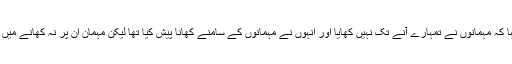
انہوں نے کہا کہ مہمانوں نے تمہارے آنے تک نہیں کھایا اور انہوں نے مہمانوں کے سامنے کھانا پیش کیا تھا لیکن مہمان ان پر نہ کھانے میں غالب ہوئے۔